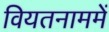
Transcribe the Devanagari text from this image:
वियतनाममें